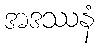
အဒဿနံ